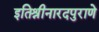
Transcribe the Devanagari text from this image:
इतिश्रीनारदपुराणे